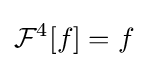
{\mathcal {F}}^{4}[f]=f